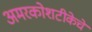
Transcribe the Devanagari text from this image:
अमरकोशटीकेचे